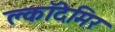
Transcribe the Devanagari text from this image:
क्लॉदेमिर